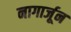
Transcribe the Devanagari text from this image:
नागार्जून